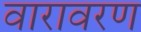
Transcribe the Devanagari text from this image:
वारावरण